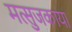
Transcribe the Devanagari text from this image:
मत्सुजकाया